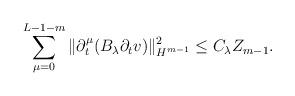
LaTeX: \begin{align*}&\sum_{\mu=0}^{L-1-m} \|\partial_t^\mu( B_\lambda \partial_t v )\|^2_{H^{m-1}} \leq C_\lambda Z_{m-1}.\end{align*}